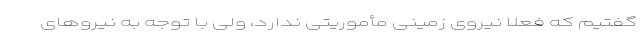
گفتیم که فعلاً نیروی زمینی مأموریتی ندارد، ولی با توجه به نیروهای